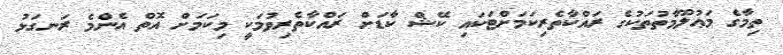
ތިމާގެ މަޢުލޫމާތުތަކުގެ ރައްކާތެރިކަމަށްޓަކައި ކޭޝް ކާޑަށް ރައްކާތެރިވުމަކީ މިކަމަށް އޮތް އެންމެ ރަނގަޅު